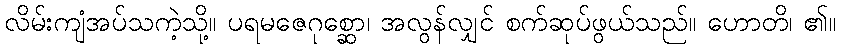
လိမ်းကျံအပ်သကဲ့သို့။ ပရမဇေဂုစ္ဆော၊ အလွန်လျှင် စက်ဆုပ်ဖွယ်သည်။ ဟောတိ၊ ၏။